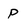
Character: P